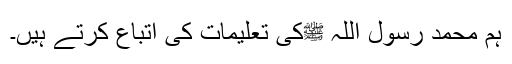
ہم محمد رسول اللہ ﷺکی تعلیمات کی اتباع کرتے ہیں۔